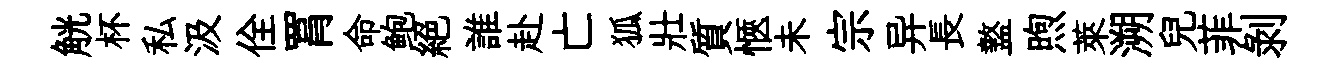
觥杯私汲佺罥命鲍絶誰赴亡狐壯質愜未宗异長盩煦萊溯兒菲剝